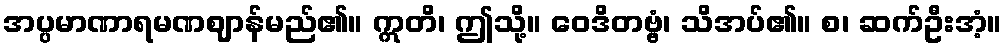
အပ္ပမာဏာရမဏဈာန်မည်၏။ ဣတိ၊ ဤသို့။ ဝေဒိတဗ္ဗံ၊ သိအပ်၏။ စ၊ ဆက်ဦးအံ့။